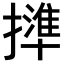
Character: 𢶥